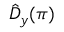
\hat { D } _ { y } ( \pi )